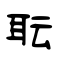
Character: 耺